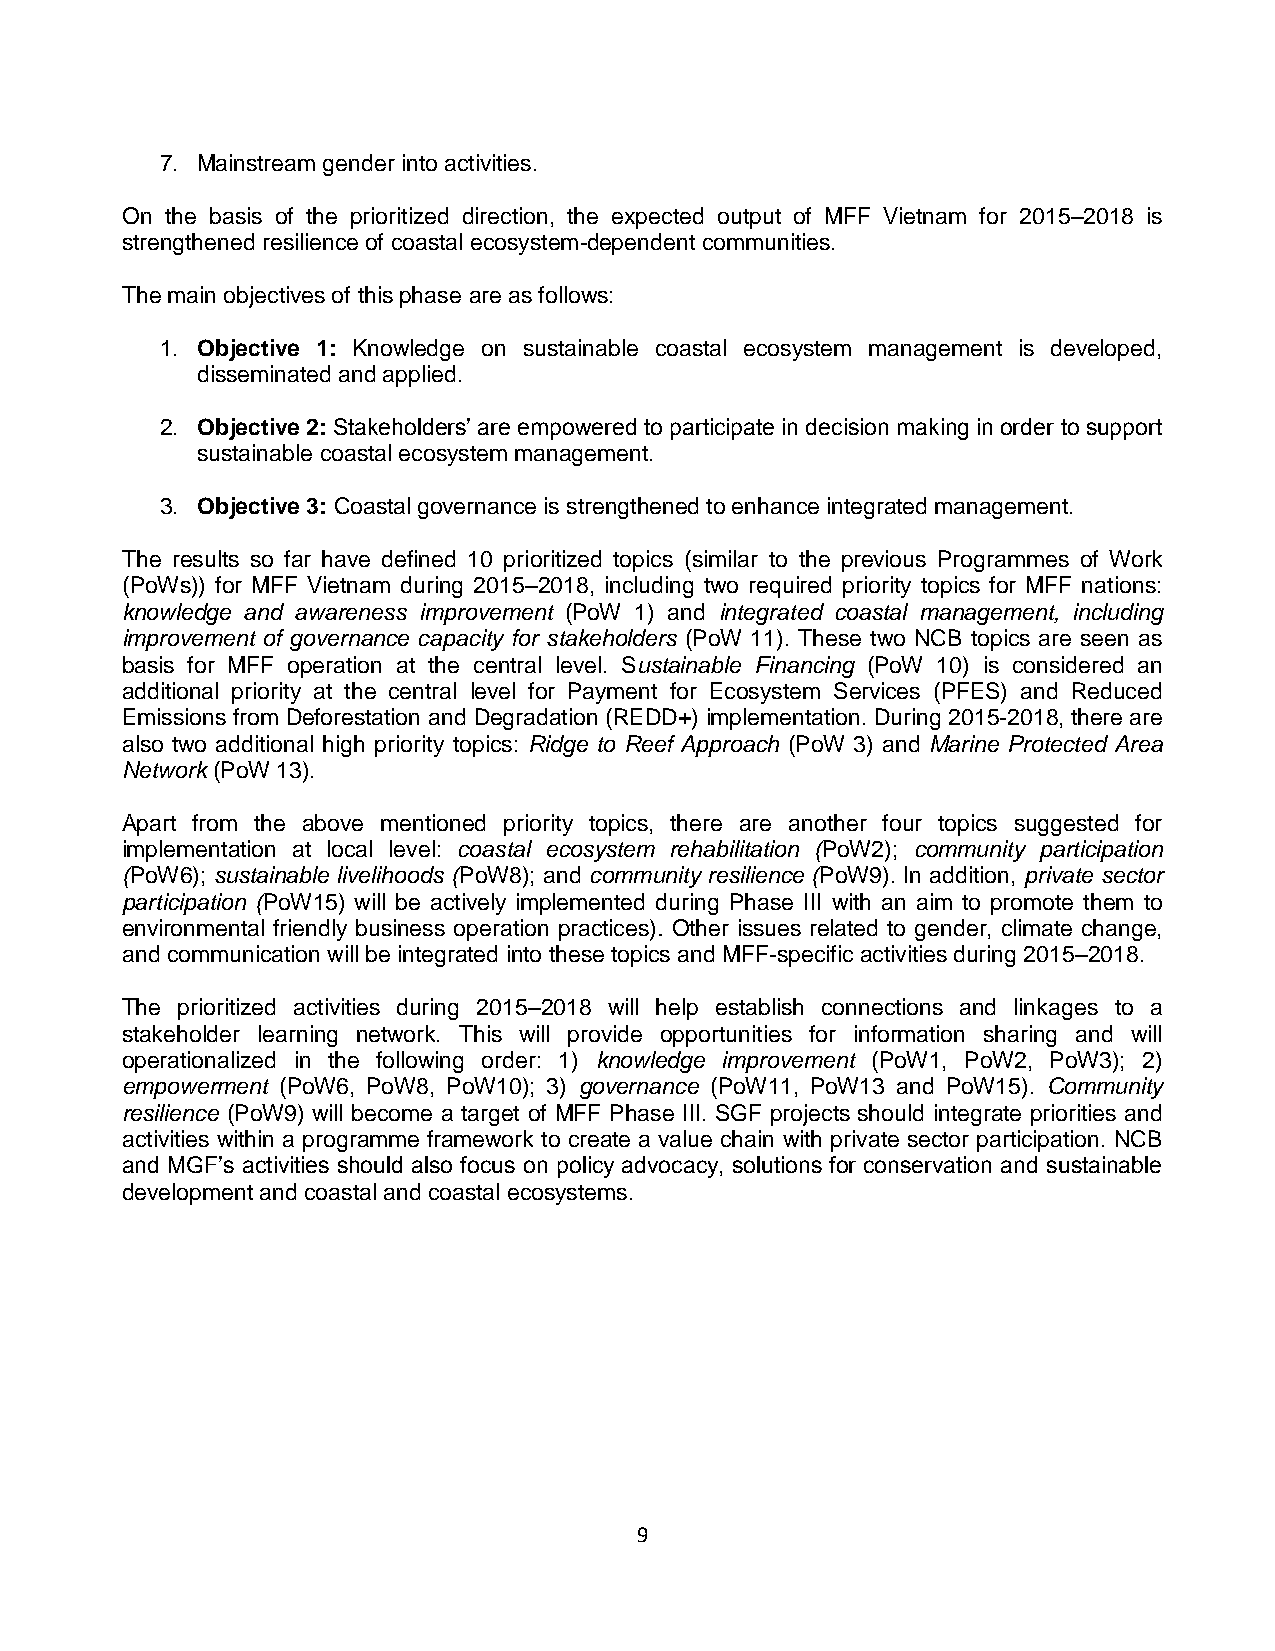
7. Mainstream gender into activities.
 On the basis of the prioritized direction, the expected output of MFF Vietnam for 2015–2018 is
 strengthened resilience of coastal ecosystem-dependent communities.
 The main objectives of this phase are as follows:
 1. Objective 1: Knowledge on sustainable coastal ecosystem management is developed,
 disseminated and applied.
 2. Objective 2: Stakeholders’ are empowered to participate in decision making in order to support
 sustainable coastal ecosystem management.
 3. Objective 3: Coastal governance is strengthened to enhance integrated management.
 The results so far have defined 10 prioritized topics (similar to the previous Programmes of Work
 (PoWs)) for MFF Vietnam during 2015–2018, including two required priority topics for MFF nations:
 knowledge and awareness improvement (PoW 1) and integrated coastal management, including
 improvement of governance capacity for stakeholders (PoW 11). These two NCB topics are seen as
 basis for MFF operation at the central level. Sustainable Financing (PoW 10) is considered an
 additional priority at the central level for Payment for Ecosystem Services (PFES) and Reduced
 Emissions from Deforestation and Degradation (REDD+) implementation. During 2015-2018, there are
 also two additional high priority topics: Ridge to Reef Approach (PoW 3) and Marine Protected Area
 Network (PoW 13).
 Apart from the above mentioned priority topics, there are another four topics suggested for
 implementation at local level: coastal ecosystem rehabilitation (PoW2); community participation
 (PoW6); sustainable livelihoods (PoW8); and community resilience (PoW9). In addition, private sector
 participation (PoW15) will be actively implemented during Phase III with an aim to promote them to
 environmental friendly business operation practices). Other issues related to gender, climate change,
 and communication will be integrated into these topics and MFF-specific activities during 2015–2018.
 The prioritized activities during 2015–2018 will help establish connections and linkages to a
 stakeholder learning network. This will provide opportunities for information sharing and will
 operationalized in the following order: 1) knowledge improvement (PoW1, PoW2, PoW3); 2)
 empowerment (PoW6, PoW8, PoW10); 3) governance (PoW11, PoW13 and PoW15). Community
 resilience (PoW9) will become a target of MFF Phase III. SGF projects should integrate priorities and
 activities within a programme framework to create a value chain with private sector participation. NCB
 and MGF’s activities should also focus on policy advocacy, solutions for conservation and sustainable
 development and coastal and coastal ecosystems.
 9